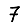
Digit: 7